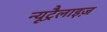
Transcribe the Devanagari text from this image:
न्यूट्रैलाइज़